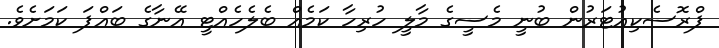
ޕްރޮސެކިއުޓަރުން ބުނީ މެސީގެ މާލީ ހުރިހާ ކަމެއް ބެލެހެއްޓީ އޭނާގެ ބައްޕަ ކަމަށެވެ.